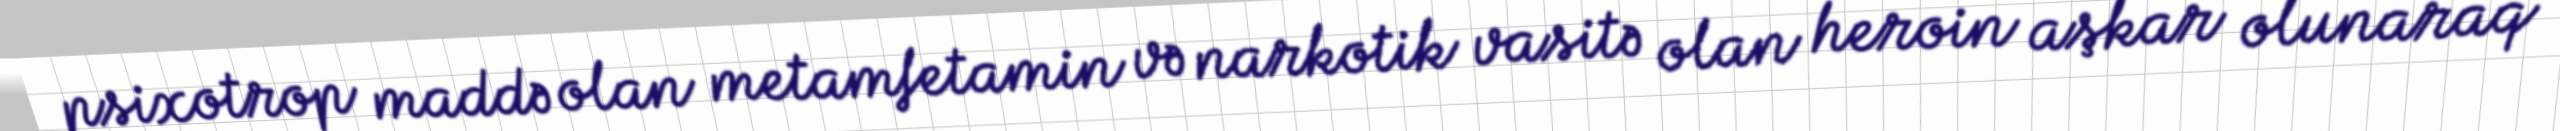
psixotrop maddə olan metamfetamin və narkotik vasitə olan heroin aşkar olunaraq